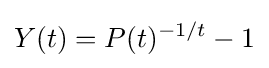
Y(t)=P(t)^{-1/t}-1